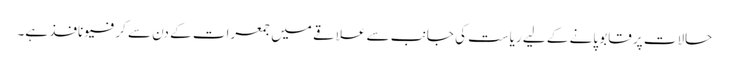
حالات پر قابو پانے کے لیے ریاست کی جانب سے علاقے میں جمعرات کے دن سے کرفیو نافذ ہے۔